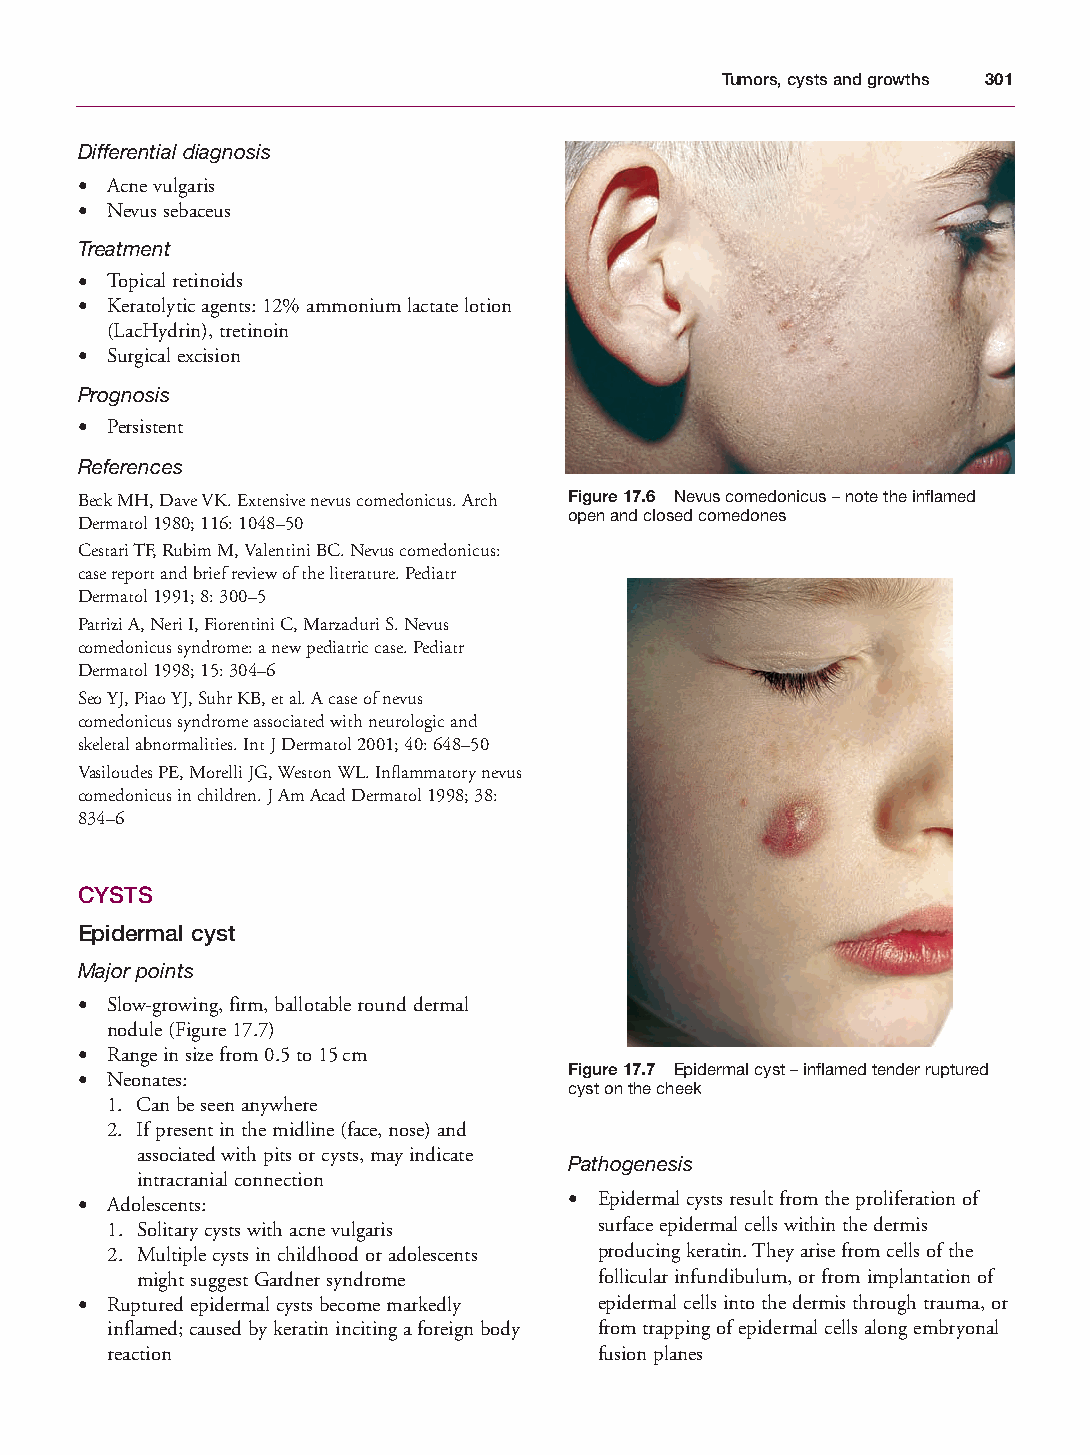
Mallory Chapter 17 27/1/05 2:53 pm Page 301
 Tumors, cysts and growths 301
 Differential diagnosis
 • Acne vulgaris
 • Nevus sebaceus
 Treatment
 • Topical retinoids
 • Keratolytic agents: 12% ammonium lactate lotion
 (LacHydrin), tretinoin
 • Surgical excision
 Prognosis
 • Persistent
 References
 Beck MH, Dave VK. Extensive nevus comedonicus. Arch Figure 17.6 Nevus comedonicus – note the inflamed
 open and closed comedones
 Dermatol 1980; 116: 1048–50
 Cestari TF, Rubim M, Valentini BC. Nevus comedonicus:
 case report and brief review of the literature. Pediatr
 Dermatol 1991; 8: 300–5
 Patrizi A, Neri I, Fiorentini C, Marzaduri S. Nevus
 comedonicus syndrome: a new pediatric case. Pediatr
 Dermatol 1998; 15: 304–6
 Seo YJ, Piao YJ, Suhr KB, et al. A case of nevus
 comedonicus syndrome associated with neurologic and
 skeletal abnormalities. Int J Dermatol 2001; 40: 648–50
 Vasiloudes PE, Morelli JG, Weston WL. Inflammatory nevus
 comedonicus in children. J Am Acad Dermatol 1998; 38:
 834–6
 CYSTS
 Epidermal cyst
 Major points
 • Slow-growing, firm, ballotable round dermal
 nodule (Figure 17.7)
 • Range in size from 0.5 to 15cm
 Figure 17.7 Epidermal cyst – inflamed tender ruptured
 • Neonates:
 cyst on the cheek
 1. Can be seen anywhere
 2. If present in the midline (face, nose) and
 associated with pits or cysts, may indicate
 Pathogenesis
 intracranial connection
 • Adolescents:                   • Epidermal cysts result from the proliferation of
 1. Solitary cysts with acne vulgaris surface epidermal cells within the dermis
 2. Multiple cysts in childhood or adolescents producing keratin. They arise from cells of the
 might suggest Gardner syndrome follicular infundibulum, or from implantation of
 • Ruptured epidermal cysts become markedly epidermal cells into the dermis through trauma, or
 inflamed; caused by keratin inciting a foreign body from trapping of epidermal cells along embryonal
 reaction                         fusion planes